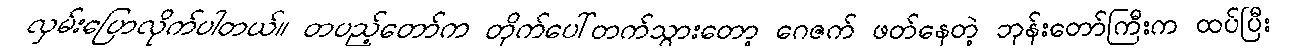
လှမ်းပြောလိုက်ပါတယ်။ တပည့်တော်က တိုက်ပေါ်တက်သွားတော့ ဂေဇက် ဖတ်နေတဲ့ ဘုန်းတော်ကြီးက ထပ်ပြီး